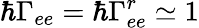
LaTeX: \hbar\Gamma_{ee}=\hbar\Gamma_{ee}^{r}\simeq 1